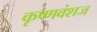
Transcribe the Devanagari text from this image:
कृष्‍णवंशज